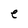
Character: e